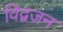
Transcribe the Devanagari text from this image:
विद्वजन